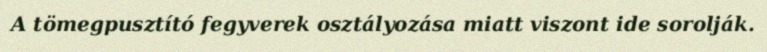
A tömegpusztító fegyverek osztályozása miatt viszont ide sorolják.